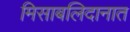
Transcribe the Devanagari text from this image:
मिसाबलिदानात